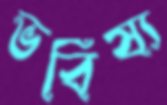
ভবিষ্য